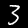
Label: 3